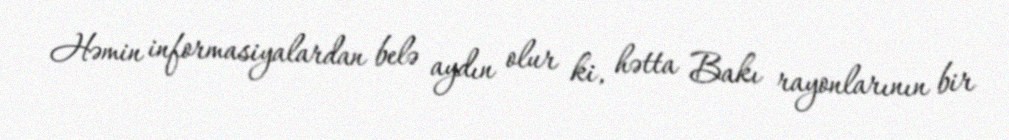
Həmin informasiyalardan belə aydın olur ki, hətta Bakı rayonlarının bir